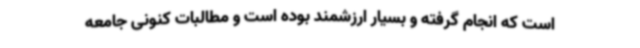
است که انجام گرفته و بسیار ارزشمند بوده است و مطالبات کنونی جامعه